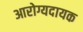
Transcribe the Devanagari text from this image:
आरोग्यदायक